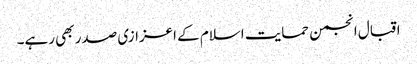
اقبال انجمن حمایت اسلام کے اعزازی صدر بھی رہے۔